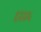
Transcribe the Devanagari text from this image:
१२२३५